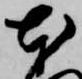
本